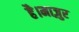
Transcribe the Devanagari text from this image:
है।माज़ुर